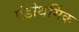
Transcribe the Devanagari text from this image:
एंडोथर्मिक